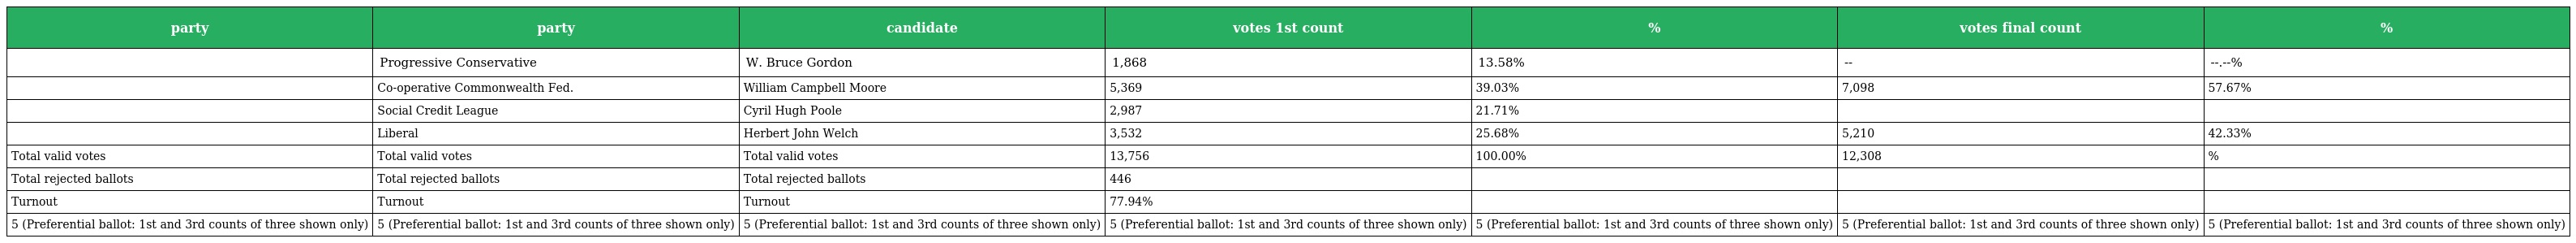
| party | party | candidate | votes 1st count | % | votes final count | % |
 | --- | --- | --- | --- | --- | --- | --- |
 |  | Progressive Conservative | W. Bruce Gordon | 1,868 | 13.58% | -- | --.--% |
 |  | Co-operative Commonwealth Fed. | William Campbell Moore | 5,369 | 39.03% | 7,098 | 57.67% |
 |  | Social Credit League | Cyril Hugh Poole | 2,987 | 21.71% |  |  |
 |  | Liberal | Herbert John Welch | 3,532 | 25.68% | 5,210 | 42.33% |
 | Total valid votes | Total valid votes | Total valid votes | 13,756 | 100.00% | 12,308 | % |
 | Total rejected ballots | Total rejected ballots | Total rejected ballots | 446 |  |  |  |
 | Turnout | Turnout | Turnout | 77.94% |  |  |  |
 | 5 (Preferential ballot: 1st and 3rd counts of three shown only) | 5 (Preferential ballot: 1st and 3rd counts of three shown only) | 5 (Preferential ballot: 1st and 3rd counts of three shown only) | 5 (Preferential ballot: 1st and 3rd counts of three shown only) | 5 (Preferential ballot: 1st and 3rd counts of three shown only) | 5 (Preferential ballot: 1st and 3rd counts of three shown only) | 5 (Preferential ballot: 1st and 3rd counts of three shown only) |